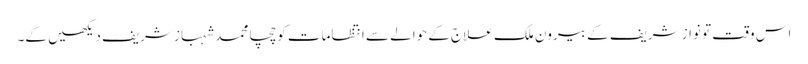
اس وقت تو نواز شریف کے بیرون ملک علاج کے حوالے سے انتظامات کو چچا محمد شہباز شریف دیکھیں گے۔